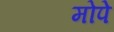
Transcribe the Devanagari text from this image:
मोपे